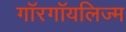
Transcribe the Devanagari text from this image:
गॉरगॉयलिज्म